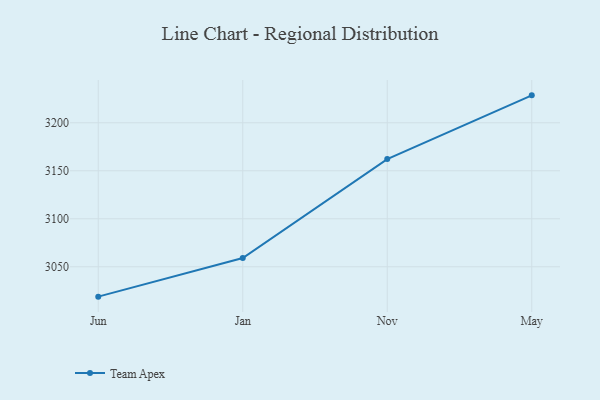
{"axis": {"x": "Month", "y": "Tickets Resolved"}, "legend": ["Team Apex"], "data": [{"x": "Jun", "y": 3018.9, "type": "Team Apex"}, {"x": "Jan", "y": 3059.2, "type": "Team Apex"}, {"x": "Nov", "y": 3162.2, "type": "Team Apex"}, {"x": "May", "y": 3228.6, "type": "Team Apex"}]}